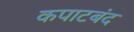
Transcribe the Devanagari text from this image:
कपाटबंद